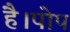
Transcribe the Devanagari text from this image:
है।पोप